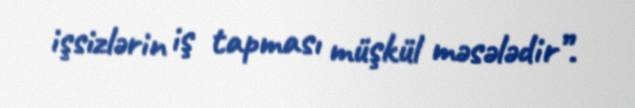
işsizlərin iş tapması müşkül məsələdir”.